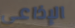
الإذاعي